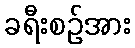
ခရီးစဉ်အား